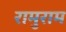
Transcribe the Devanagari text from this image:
रामुराम